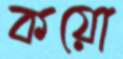
কয়ো